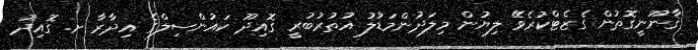
ޤާނޫނީގޮތުން ގެޒެޓްކުރެވޭ ލިޔުން މިލަދުންމަޑުލު އުތުރުބުރީ ގޮއިދޫ ކައުންސިލްގެ އިދާރާ ށ. ގޮއިދޫ